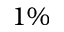
1 \%